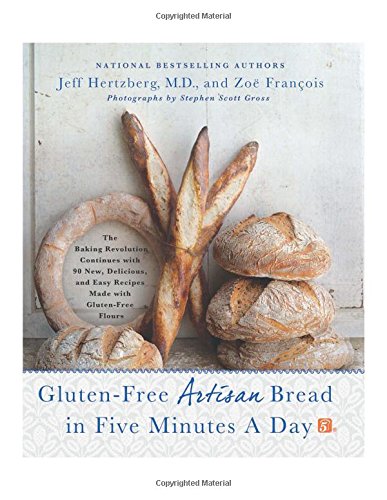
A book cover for Gluten-Free Artisan Bread in Five Minutes a Day: The Baking Revolution Continues with 90 New, Delicious and Easy Recipes Made with Gluten-Free Flours; Jeff Hertzberg; Cookbooks, Food & Wine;